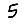
Digit: 5